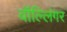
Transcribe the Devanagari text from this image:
वॉल्लिंगर